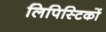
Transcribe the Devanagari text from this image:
लिपिस्टिकों